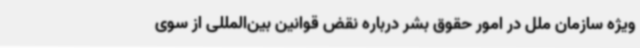
ویژه سازمان ملل در امور حقوق بشر درباره نقض قوانین بین‌المللی از سوی